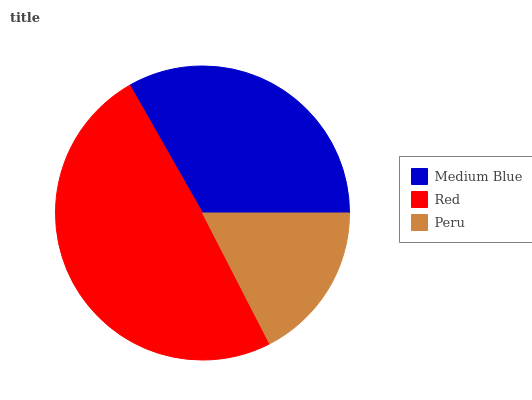
| Medium Blue | Red | Peru |
 | --- | --- | --- |
 | 33.2% | 49.3% | 17.5% |